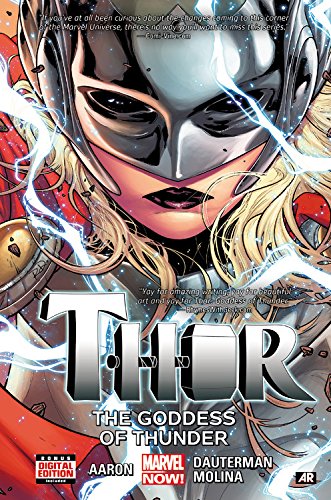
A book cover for Thor Volume 1: Goddess of Thunder (Thor: Marvel Now!); Jason Aaron; Comics & Graphic Novels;